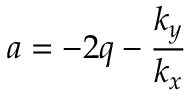
a = - 2 q - { \frac { k _ { y } } { k _ { x } } }